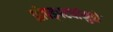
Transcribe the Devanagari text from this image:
झोपड्पट्यांमुळे